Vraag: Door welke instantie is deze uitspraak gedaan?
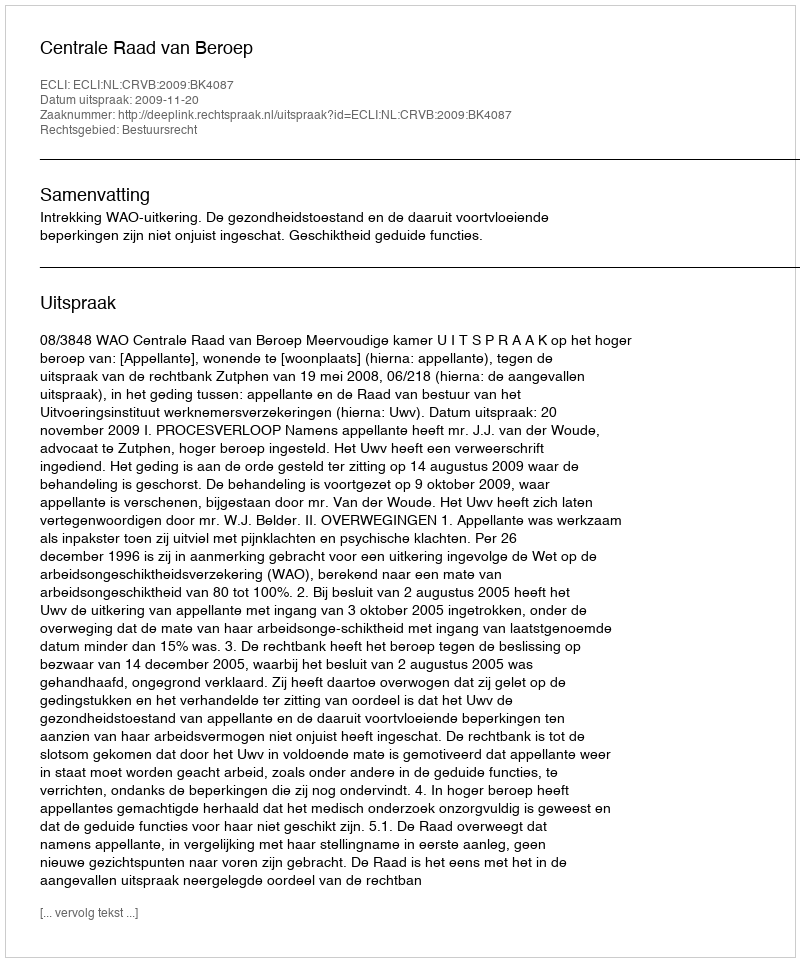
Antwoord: Centrale Raad van Beroep